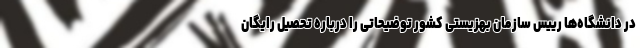
در دانشگاه‌ها رییس سازمان بهزیستی کشور توضیحاتی را درباره تحصیل رایگان